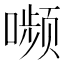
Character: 𫫾